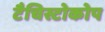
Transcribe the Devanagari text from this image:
टैचिस्टोकोप